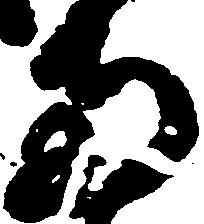
両